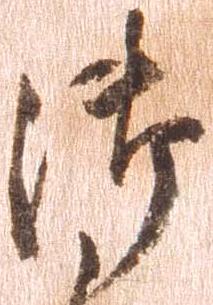
御